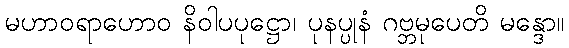
မဟာဝရာဟောဝ နိဝါပပုဋ္ဌော၊ ပုနပ္ပုနံ ဂဗ္ဘမုပေတိ မန္ဒော။